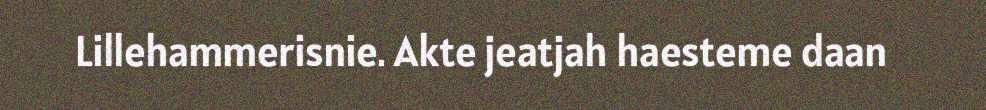
Lillehammerisnie. Akte jeatjah haesteme daan